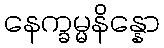
နေက္ခမ္မနိန္နော